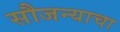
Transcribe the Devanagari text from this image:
सौजन्याचा